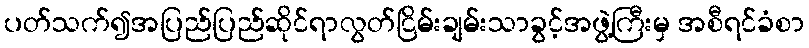
ပတ်သက်၍အပြည်ပြည်ဆိုင်ရာလွတ်ငြိမ်းချမ်းသာခွင့်အဖွဲ့ကြီးမှ အစီရင်ခံစာ